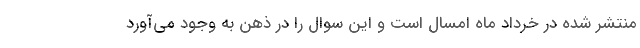
منتشر شده در خرداد ماه امسال است و این سوال را در ذهن به وجود می‌آورد